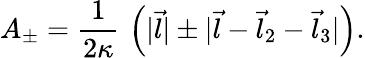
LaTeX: A_{\pm}={\frac{1}{2\kappa}}\, \left(|\vec{l}|\pm|\vec{l}-\vec{l}_{2}-\vec{l}_{3}|\right).